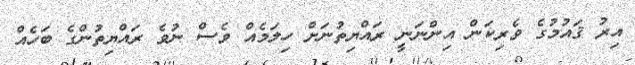
އިރު ޤައުމުގެ ވެރިކަން އިންނަނީ ރައްޔިތުނަށް ހިލަމެއް ވެސް ނުވެ ރައްޔިތުންގެ ބަހެއް